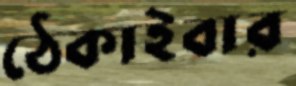
ঠেকাইবার